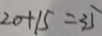
2 0 + 1 5 = 3 5